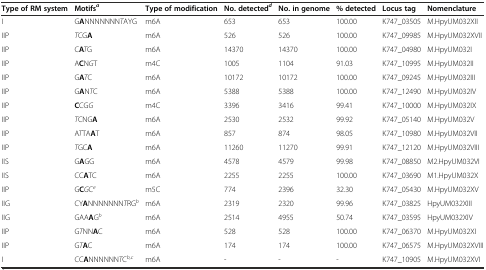
<table><thead><tr><td><b>Type of RM system</b></td><td><b>Motifs<sup><i>a</i></sup></b></td><td><b>Type of modification</b></td><td><b>No. detected<sup><i>d</i></sup></b></td><td><b>No. in genome</b></td><td><b>% detected</b></td><td><b>Locus tag</b></td><td><b>Nomenclature</b></td></tr></thead><tbody><tr><td>I</td><td>G<b>A</b>NNNNNNN<i>T</i>AYG</td><td>m6A</td><td>653</td><td>653</td><td>100.00</td><td>K747_03505</td><td>M.HpyUM032XII</td></tr><tr><td>IIP</td><td><i>T</i>CG<b>A</b></td><td>m6A</td><td>526</td><td>526</td><td>100.00</td><td>K747_09985</td><td>M.HpyUM032XVII</td></tr><tr><td>IIP</td><td>C<b>A</b><i>T</i>G</td><td>m6A</td><td>14370</td><td>14370</td><td>100.00</td><td>K747_04980</td><td>M.HpyUM032I</td></tr><tr><td>IIP</td><td>A<b>C</b>N<i>G</i>T</td><td>m4C</td><td>1005</td><td>1104</td><td>91.03</td><td>K747_10995</td><td>M.HpyUM032II</td></tr><tr><td>IIP</td><td>G<b>A</b><i>T</i>C</td><td>m6A</td><td>10172</td><td>10172</td><td>100.00</td><td>K747_09245</td><td>M.HpyUM032III</td></tr><tr><td>IIP</td><td>G<b>A</b>N<i>T</i>C</td><td>m6A</td><td>5388</td><td>5388</td><td>100.00</td><td>K747_12490</td><td>M.HpyUM032IV</td></tr><tr><td>IIP</td><td><b>C</b>CG<i>G</i></td><td>m4C</td><td>3396</td><td>3416</td><td>99.41</td><td>K747_10000</td><td>M.HpyUM032IX</td></tr><tr><td>IIP</td><td><i>T</i>CNG<b>A</b></td><td>m6A</td><td>2530</td><td>2532</td><td>99.92</td><td>K747_05140</td><td>M.HpyUM032V</td></tr><tr><td>IIP</td><td>A<i>T</i>TA<b>A</b>T</td><td>m6A</td><td>857</td><td>874</td><td>98.05</td><td>K747_10980</td><td>M.HpyUM032VII</td></tr><tr><td>IIP</td><td><i>T</i>GC<b>A</b></td><td>m6A</td><td>11260</td><td>11270</td><td>99.91</td><td>K747_12120</td><td>M.HpyUM032VIII</td></tr><tr><td>IIS</td><td>G<b>A</b>GG</td><td>m6A</td><td>4578</td><td>4579</td><td>99.98</td><td>K747_08850</td><td>M2.HpyUM032VI</td></tr><tr><td>IIS</td><td>CC<b>A</b>TC</td><td>m6A</td><td>2255</td><td>2255</td><td>100.00</td><td>K747_03690</td><td>M1.HpyUM032X</td></tr><tr><td>IIP</td><td>G<b>C</b><i>G</i>C<sup><i>e</i></sup></td><td>m5C</td><td>774</td><td>2396</td><td>32.30</td><td>K747_05430</td><td>M.HpyUM032XV</td></tr><tr><td>IIG</td><td>CY<b>A</b>NNNNNNN<i>T</i>RG<sup><i>b</i></sup></td><td>m6A</td><td>2319</td><td>2320</td><td>99.96</td><td>K747_03825</td><td>HpyUM032XIII</td></tr><tr><td>IIG</td><td>GAA<b>A</b>G<sup><i>b</i></sup></td><td>m6A</td><td>2514</td><td>4955</td><td>50.74</td><td>K747_03595</td><td>HpyUM032XIV</td></tr><tr><td>IIP</td><td>G<i>T</i>NN<b>A</b>C</td><td>m6A</td><td>528</td><td>528</td><td>100.00</td><td>K747_06370</td><td>M.HpyUM032XI</td></tr><tr><td>IIP</td><td>G<i>T</i><b>A</b>C</td><td>m6A</td><td>174</td><td>174</td><td>100.00</td><td>K747_06575</td><td>M.HpyUM032XVIII</td></tr><tr><td>I</td><td>CC<b>A</b>NNNNNN<i>T</i>C<sup><i>b,c</i></sup></td><td>m6A</td><td>-</td><td>-</td><td>-</td><td>K747_10905</td><td>M.HpyUM032XVI</td></tr></tbody></table>